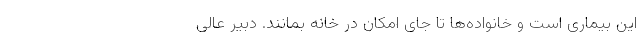
این بیماری است و خانواده‌ها تا جای امکان در خانه بمانند. دبیر عالی